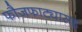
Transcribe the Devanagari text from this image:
फौजफाट्यासह